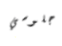
جلوسي